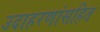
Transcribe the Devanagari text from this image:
उदाहरणांसहित